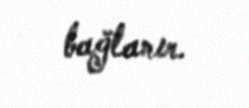
bağlanır.